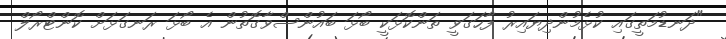
"ދަނޑުމަތީގައި ކުޅެމުންދިޔައިރު ފާހަގަވީ ތަންކޮޅަކީ ބޯޅަ ބައުންސްވާގޮތުން އެ ބޯޅަ ރަނގަޅަށް ކޮންޓްރޯލް